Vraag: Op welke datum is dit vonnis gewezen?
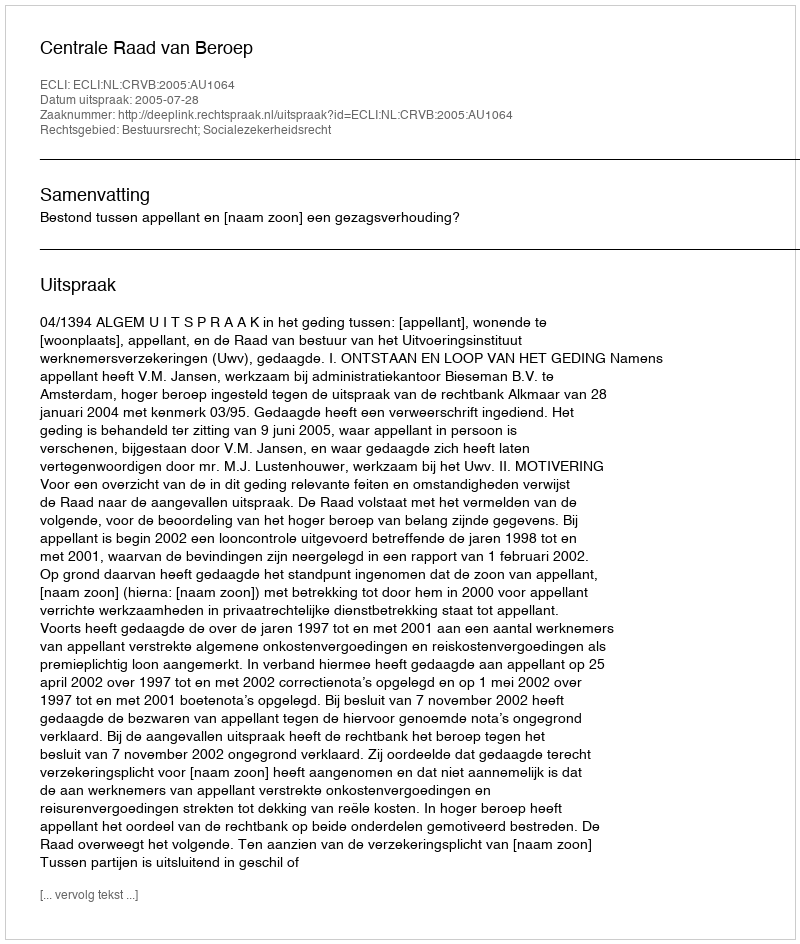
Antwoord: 2005-07-28